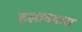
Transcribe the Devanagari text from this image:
हसावयास